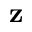
\mathbf { z }